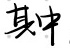
其中